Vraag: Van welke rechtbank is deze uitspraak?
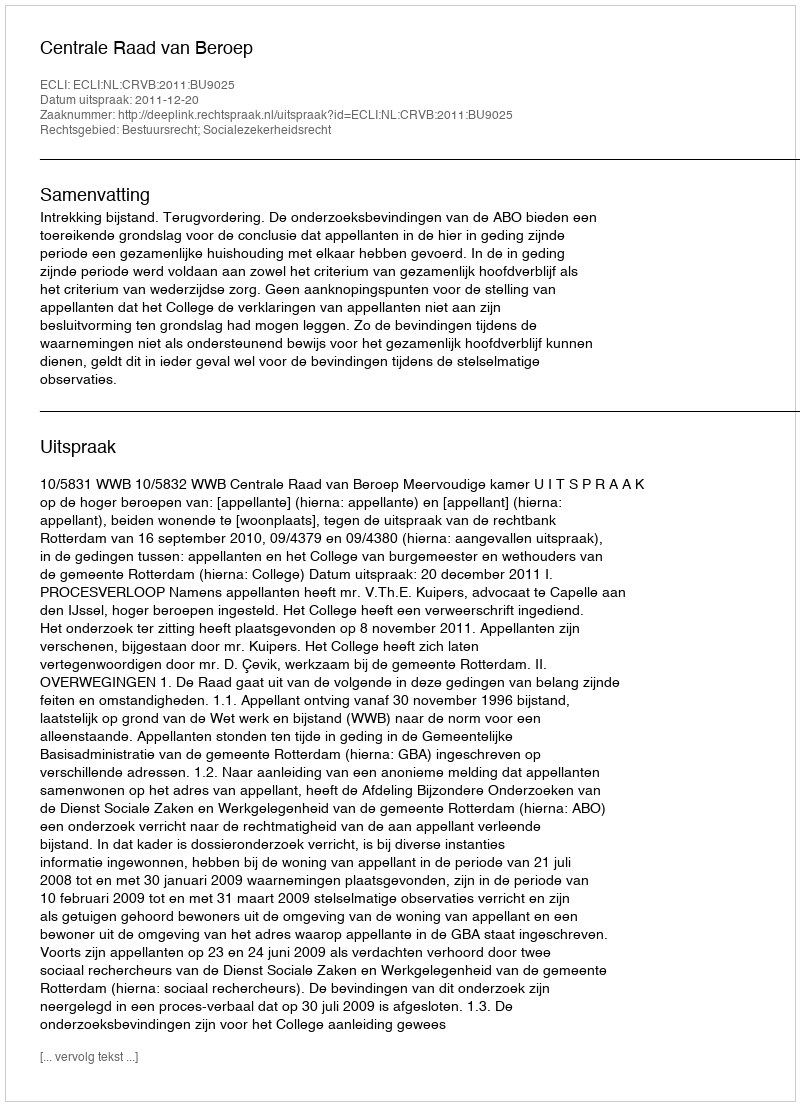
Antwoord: Centrale Raad van Beroep